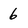
Character: 6